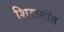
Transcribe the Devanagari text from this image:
शिरागॉत